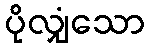
ပိုလျှံသော